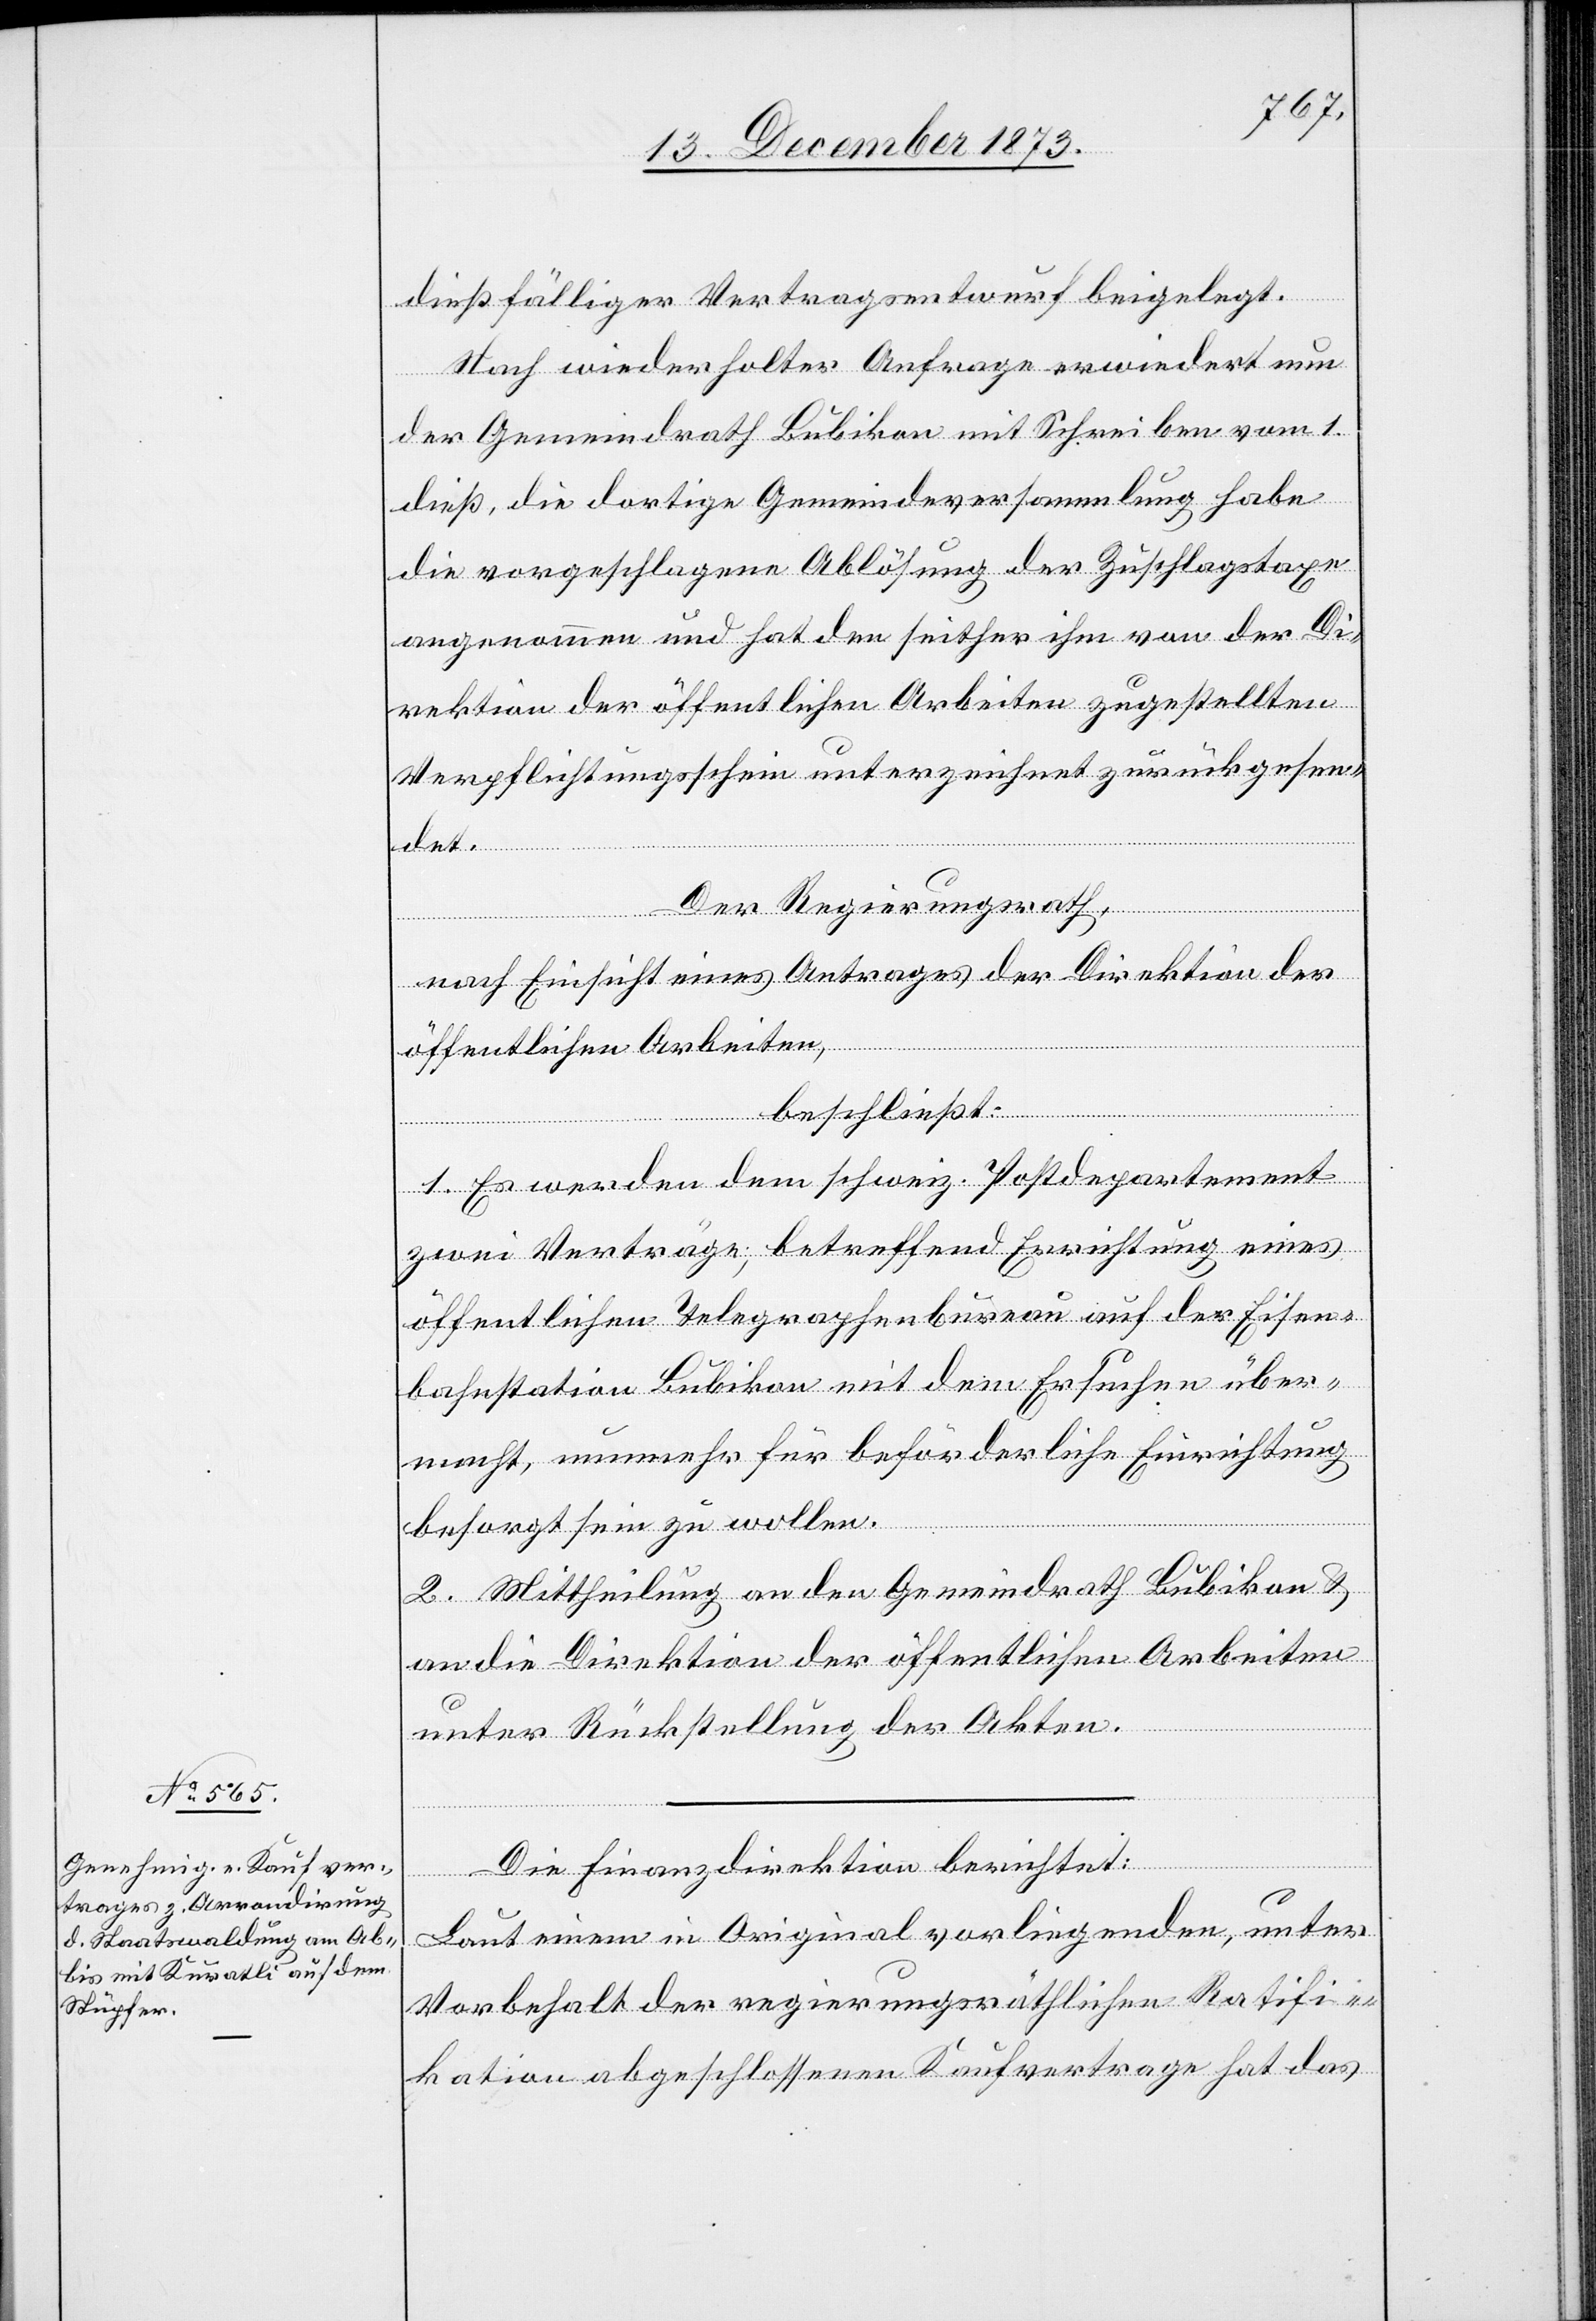
dießfälliger Vertragsentwurf beigelegt.
Nach wiederholter Anfrage erwiedert nun
der Gemeindrath Bubikon mit Schreiben vom 1.
dieß, die dortige Gemeindeversammlung habe
die vorgeschlagene Ablösung der Zuschlagstaxe
angenommen und hat den seither ihm von der Di¬
rektion der öffentlichen Arbeiten zugestellten
Verpflichtungsschein unterzeichnet zurückgesen¬
det.
Der Regierungsrath,
nach Einsicht eines Antrages der Direktion der
öffentlichen Arbeiten,
beschließt:
1. Es werden dem schweiz. Postdepartement
zwei Verträge, betreffend Errichtung eines
öffentlichen Telegraphenbureau auf der Eisen¬
bahnstation Bubikon mit dem Ersuchen über¬
macht, nunmehr für beförderliche Einrichtung
besorgt sein zu wollen.
2. Mittheilung an den Gemeindrath Bubikon &
an die Direktion der öffentlichen Arbeiten
unter Rückstellung der Akten.
Die Finanzdirektion berichtet:
Laut einem in Original vorliegenden, unter
Vorbehalt der regierungsräthlichen Ratifi¬
kation abgeschlossenen Kaufvertrage hat das